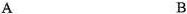
A B